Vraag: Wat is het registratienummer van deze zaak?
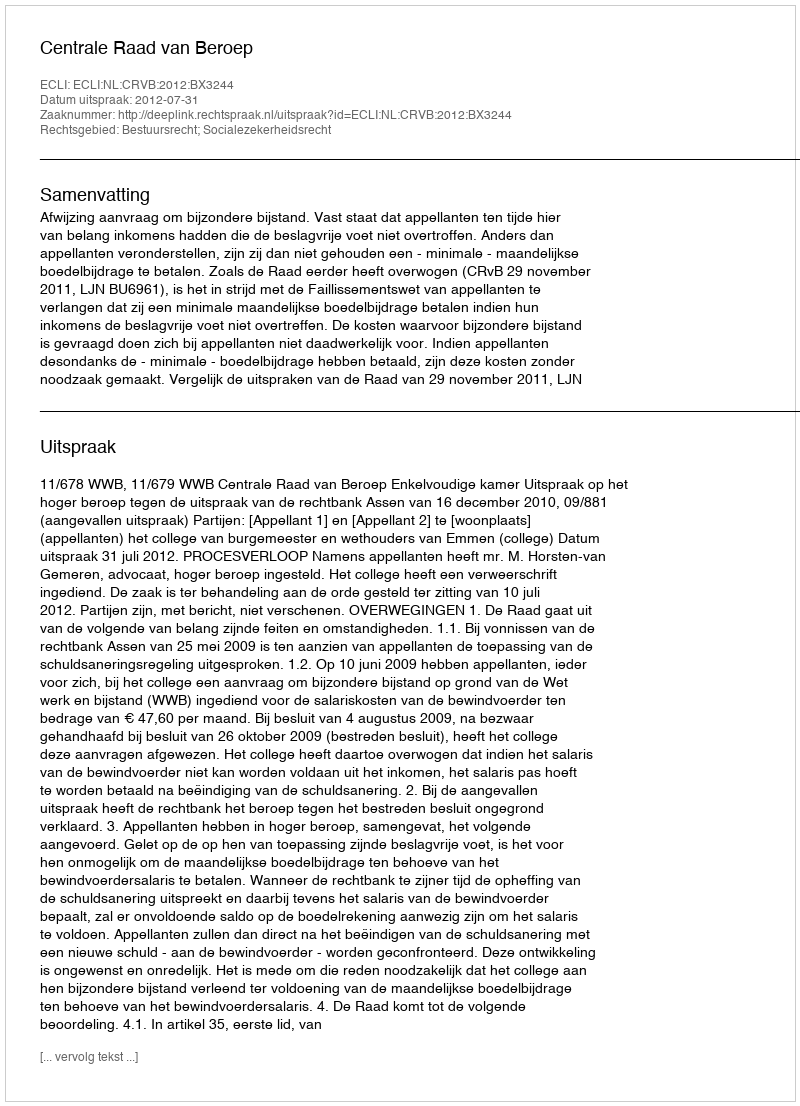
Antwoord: http://deeplink.rechtspraak.nl/uitspraak?id=ECLI:NL:CRVB:2012:BX3244